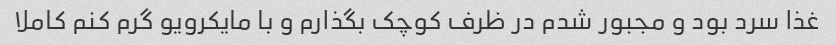
غذا سرد بود و مجبور شدم در ظرف کوچک بگذارم و با مایکرویو گرم کنم کاملا